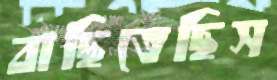
বাছিতেছিস